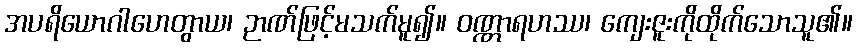
အပရိယောဂါဟေတွာယ၊ ဉာဏ်ဖြင့်မသက်မူ၍။ ဝဏ္ဏာရဟဿ၊ ကျေးဇူးကိုထိုက်သောသူ၏။